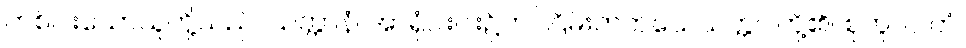
တစ်ပါးသောသူတို့သည်။ သတ္တာနံ၊ အာရုံငါးပါး၌ကပ်ငြိမ်းတတ်သေသတ္တဝါတို့၏။ စုတူပပါတံ၊